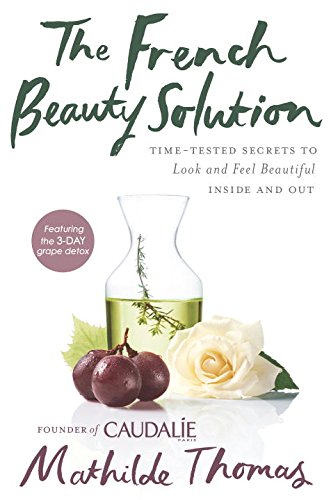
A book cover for The French Beauty Solution: Time-Tested Secrets to Look and Feel Beautiful Inside and Out; Mathilde Thomas; Health, Fitness & Dieting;